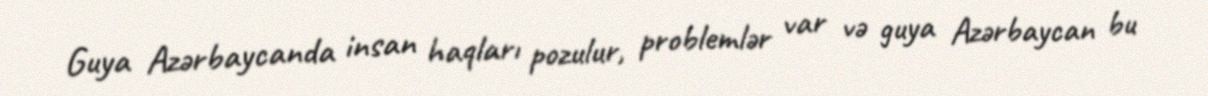
Guya Azərbaycanda insan haqları pozulur, problemlər var və guya Azərbaycan bu